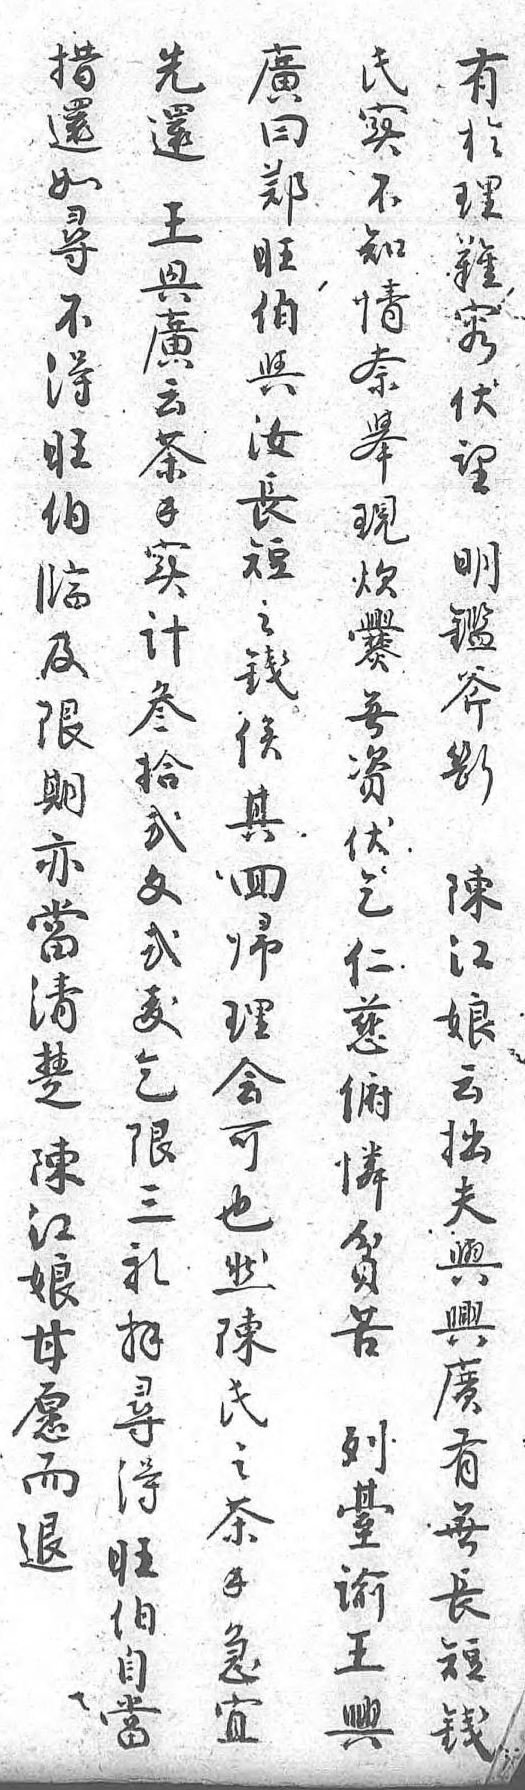
廣措先氏有曰還還实於鄭如王不理旺尋興知難伯不廣情容與得云奈伏汝旺茶舉望長伯錢現明短臨實炊鑑之及計爨斧錢限叁無斷俟期拾資陳其亦貳伏江回當文乞娘歸清貳仁云理楚鈸慈拙會陳乞俯夫可江限憐與也娘三貧興然甘禮苦廣陳願拜列有氏而尋臺無之退得諭長茶 旺王短錢 伯興錢急 自  宜 當